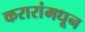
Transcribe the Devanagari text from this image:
करारांमधून